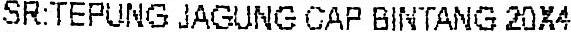
SR:TEPUNG JAGUNG CAP BINTANG 20X4